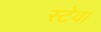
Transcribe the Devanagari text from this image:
स्टेवा